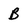
Character: B